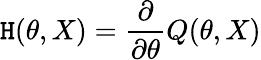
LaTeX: \mathtt{H}(\theta,X)={\frac{{\partial}}{{\partial\theta}}}Q(\theta,X)